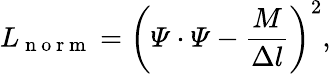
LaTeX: L_{\mathrm{~n~o~r~m~}}=\left(\varPsi\cdot\varPsi-\frac{M}{\Delta l}\right)^{2},